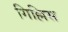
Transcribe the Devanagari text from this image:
गिल्लिस